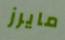
مايرز